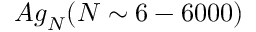
{ A g } _ { N } ( { N } \ensuremath { \sim } 6 - 6 0 0 0 )